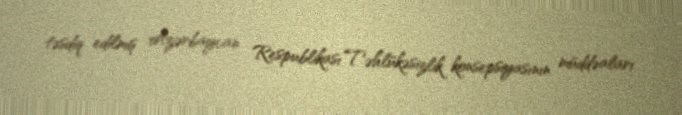
təsdiq edilmiş Azərbaycan Respublikası Təhlükəsizlik konsepsiyasının müddəaları